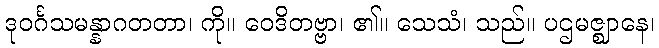
ဒုဝင်္ဂသမန္နာဂတတာ၊ ကို။ ဝေဒိတဗ္ဗာ၊ ၏။ သေသံ၊ သည်။ ပဌမဇ္ဈာနေ၊